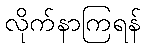
လိုက်နာကြရန်